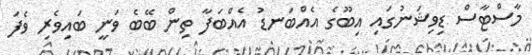
މާސްޓާސް ޑިވިޝަނުގައި އިބޫގެ އެއްބަނޑު އެއްބަފާ ތިން ބޭބެ ވަނީ ބައިވެރި ވެފަ